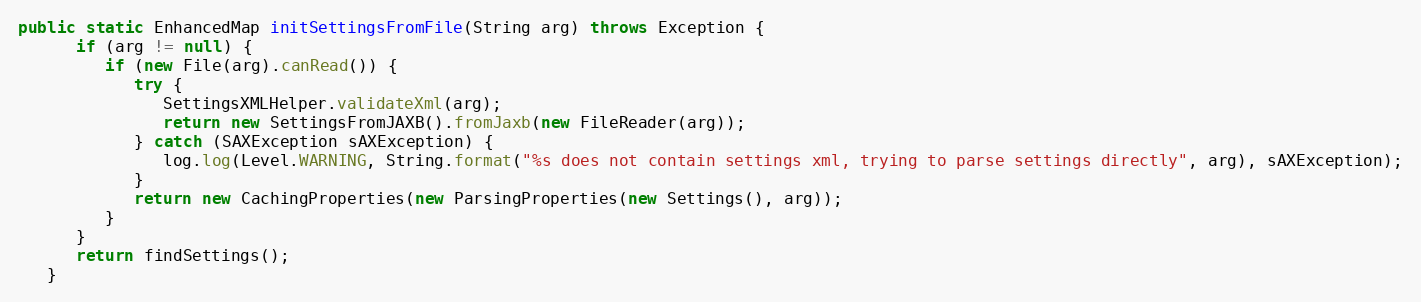
Language: Java
public static EnhancedMap initSettingsFromFile(String arg) throws Exception {
      if (arg != null) {
         if (new File(arg).canRead()) {
            try {
               SettingsXMLHelper.validateXml(arg);
               return new SettingsFromJAXB().fromJaxb(new FileReader(arg));
            } catch (SAXException sAXException) {
               log.log(Level.WARNING, String.format("%s does not contain settings xml, trying to parse settings directly", arg), sAXException);
            }
            return new CachingProperties(new ParsingProperties(new Settings(), arg));
         }
      }
      return findSettings();
   }